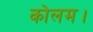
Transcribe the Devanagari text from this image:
कोलम।